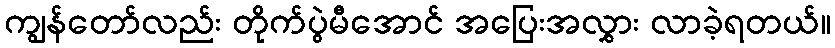
ကျွန်တော်လည်း တိုက်ပွဲမီအောင် အပြေးအလွှား လာခဲ့ရတယ်။